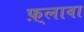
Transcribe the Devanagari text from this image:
फ़्लावा